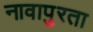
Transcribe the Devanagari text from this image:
नावापुरता